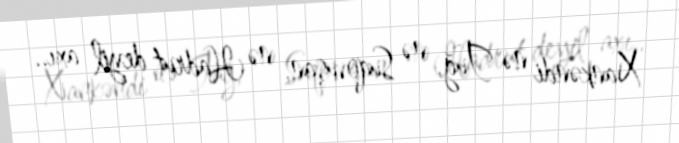
Xankəndi nə Tuğ, nə Suqovuşan, nə Hadrut deyil axı..